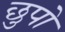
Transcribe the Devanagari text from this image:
छुपो